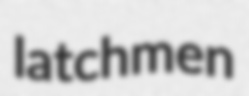
latchmen